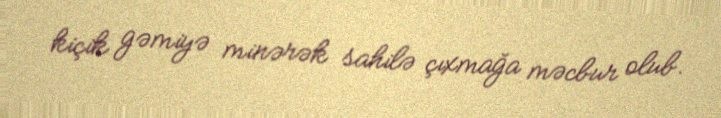
kiçik gəmiyə minərək sahilə çıxmağa məcbur olub.